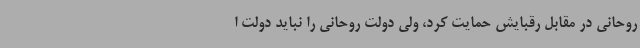
روحانی در مقابل رقبایش حمایت کرد، ولی دولت روحانی را نباید دولت ا